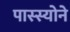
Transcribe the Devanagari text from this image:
पास्स्योने